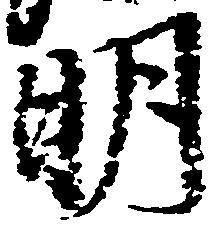
明